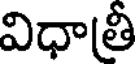
విధాత్రీ